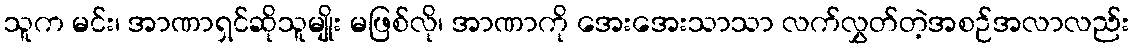
သူက မင်း၊ အာဏာရှင်ဆိုသူမျိုး မဖြစ်လို၊ အာဏာကို အေးအေးသာသာ လက်လွှတ်တဲ့အစဉ်အလာလည်း